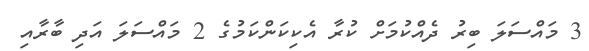
3 މައްސަލަ ބިރު ދެއްކުމަށް ކުރާ އެކިކަންކަމުގެ 2 މައްސަލަ އަދި ބާރާއި